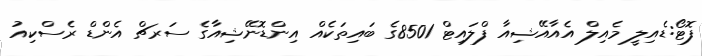
ފޮޓޯ:ޑެއިލީ މެއިލް އެއާއޭޝިއާ ފްލައިޓް 8501ގެ ބައިތަކެއް އިންޑޮނޭޝިއާގެ ސަރޗް އެންޑް ރެސްކިއު